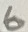
Text: 6